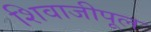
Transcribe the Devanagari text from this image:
शिवाजीपूल